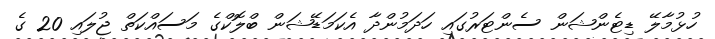
ހުޅުމާލޭ ޑިޓެންޝަން ސެންޓަރުގައި ހަދަމުންދާ އެކަމަޑޭޝަން ބްލޮކްގެ މަސައްކަތް ޖުލައި 20 ގެ